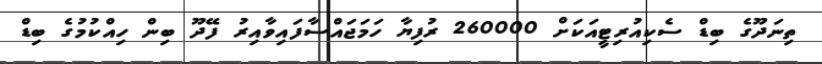
ތިނަދޫގެ ބިޑް ސެކިއުރިޓީއަކަށް 260000 ރުފިޔާ ހަމަޖައްސާފައިވާއިރު ފޭދޫ ބިން ހިއްކުމުގެ ބިޑް